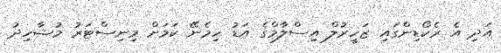
އަދި އެ ރެކޯޑިންގައި ޒަހީރުލް އިސްލާމްގެ އަޑު ހިމެނޭ ކަމަށް މިނިސްޓަރު މުޝާހިދު